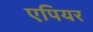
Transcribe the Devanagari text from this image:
एपियर